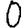
Digit: 0